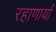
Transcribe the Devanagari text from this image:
रहाणार्या